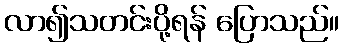
လာ၍သတင်းပို့ရန် ပြောသည်။